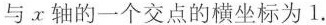
与x轴的一个交点的横坐标为1.